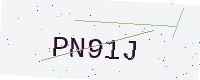
Text: PN91J